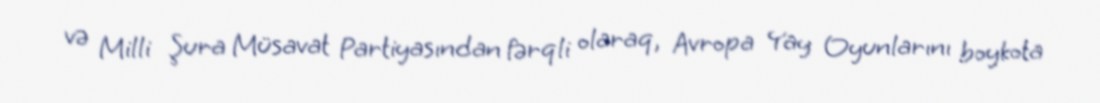
və Milli Şura Müsavat Partiyasından fərqli olaraq, Avropa Yay Oyunlarını boykota